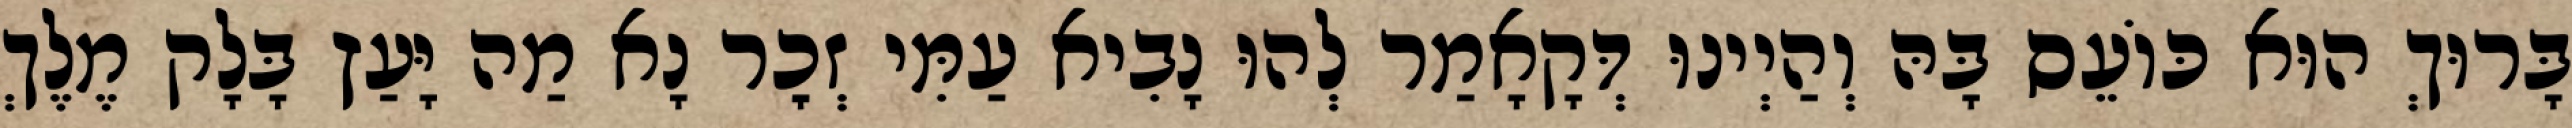
בָּרוּךְ הוּא כּוֹעֵס בָּהּ וְהַיְינוּ דְּקָאָמַר לְהוּ נָבִיא עַמִּי זְכׇר נָא מַה יָּעַץ בָּלָק מֶלֶךְ